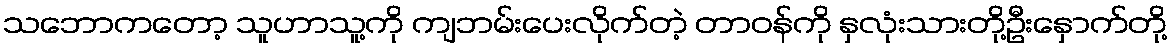
သဘောကတော့ သူဟာသူ့ကို ကျဘမ်းပေးလိုက်တဲ့ တာဝန်ကို နှလုံးသားတို့ဦးနှောက်တို့